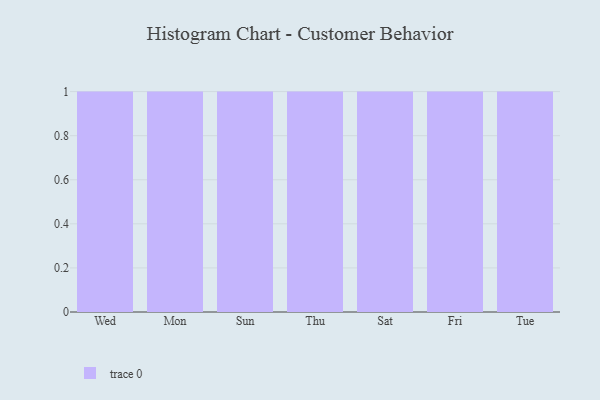
{"axis": {"x": "Day", "y": "Backlog"}, "legend": [""], "data": [{"x": "Wed", "y": 76, "type": ""}, {"x": "Mon", "y": 42, "type": ""}, {"x": "Sun", "y": 35, "type": ""}, {"x": "Thu", "y": 15, "type": ""}, {"x": "Sat", "y": 34, "type": ""}, {"x": "Fri", "y": 97, "type": ""}, {"x": "Tue", "y": 74, "type": ""}]}